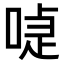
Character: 𠸝